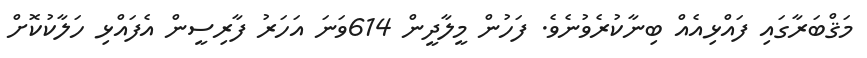
މަޤްބަރާގައި ފައްޅިއެއް ބިނާކުރެވުނެވެ. ފަހުން މީލާދީން 614ވަނަ އަހަރު ފާރިސީން އެފައްޅި ހަލާކުކޮށް